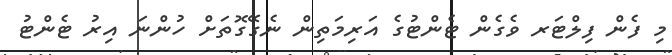
މި ފެން ފިލްޓަރ ވެގެން ޓެންޓުގެ އަރިމަތިން ނެގޭގޮތަށް ހުންނަ އިރު ޓެންޓު